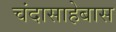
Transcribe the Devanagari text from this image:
चंदासाहेबास